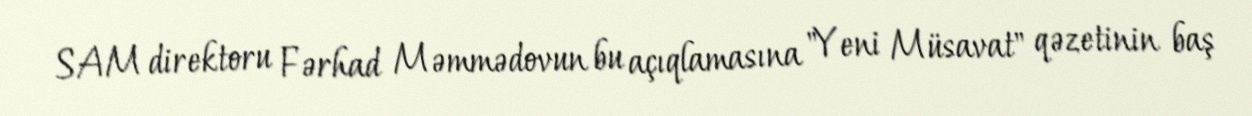
SAM direktoru Fərhad Məmmədovun bu açıqlamasına "Yeni Müsavat" qəzetinin baş